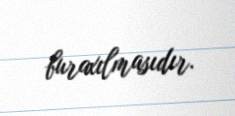
buraxılmasıdır.